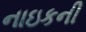
નાઇકની